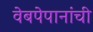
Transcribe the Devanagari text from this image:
वेबपेपानांची